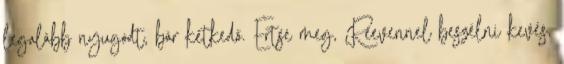
legalább nyugodt, bár kétkedő. Értse meg, Reevennel beszélni kevés,